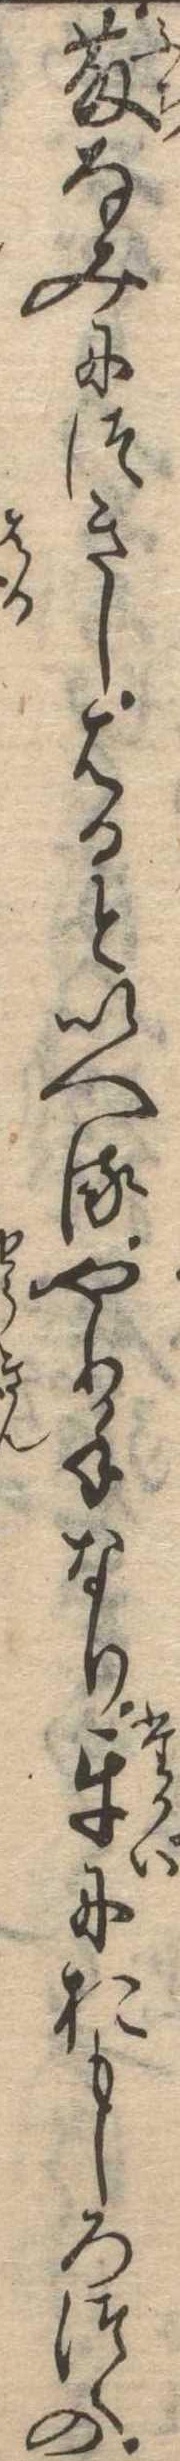
藤なみにつきしはるといへるやり手なり互におもしろつくの